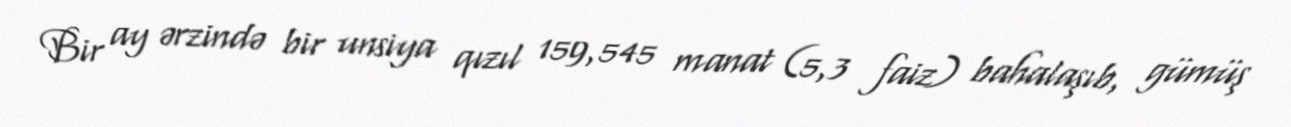
Bir ay ərzində bir unsiya qızıl 159,545 manat (5,3 faiz) bahalaşıb, gümüş